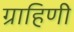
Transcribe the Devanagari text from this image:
ग्राहिणी